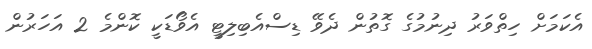
އެކަމަށް ހިތްވަރު ދިނުމުގެ ގޮތުން ދެވޭ ޑިސްއެބިލިޓީ އެވޯޑަކީ ކޮންމެ 2 އަހަރުން